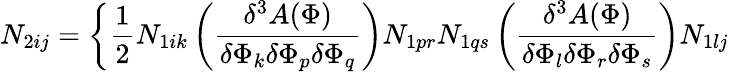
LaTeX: N_{2ij}=\bigg\{ \frac{1}{2}N_{1ik}\left(\frac{\delta^{3}A(\Phi)}{\delta\Phi_{k}\delta\Phi_{p}\delta\Phi_{q}}\right)N_{1pr}N_{1qs}\left(\frac{\delta^{3}A(\Phi)}{\delta\Phi_{l}\delta\Phi_{r}\delta\Phi_{s}}\right)N_{1lj}